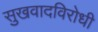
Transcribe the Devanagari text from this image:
सुखवादविरोधी